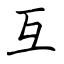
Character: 互